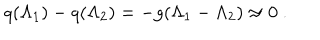
q ( \Lambda _ { 1 } ) - q ( \Lambda _ { 2 } ) = - g ( \Lambda _ { 1 } - \Lambda _ { 2 } ) \approx 0 \ .